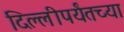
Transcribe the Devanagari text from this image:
दिल्लीपर्यंतच्या